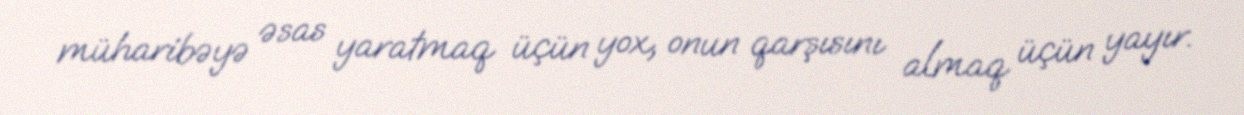
müharibəyə əsas yaratmaq üçün yox, onun qarşısını almaq üçün yayır.